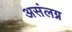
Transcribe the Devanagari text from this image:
असंलग्न